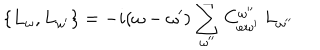
LaTeX: \{ L _ { \omega } , L _ { \omega ^ { \prime } } \} = - i ( \omega - \omega ^ { \prime } ) \sum _ { \omega ^ { \prime \prime } } C _ { \omega \omega ^ { \prime } } ^ { \omega ^ { \prime \prime } } \: L _ { \omega ^ { \prime \prime } }